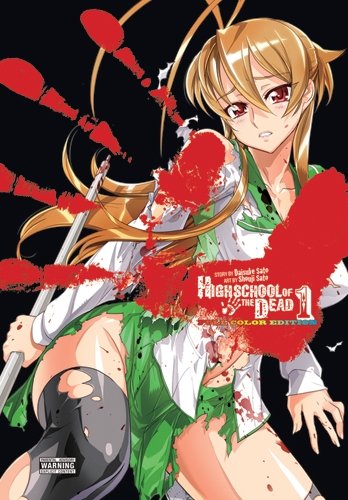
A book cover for Highschool of the Dead Color, Full Color Edition; Daisuke Sato; Comics & Graphic Novels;